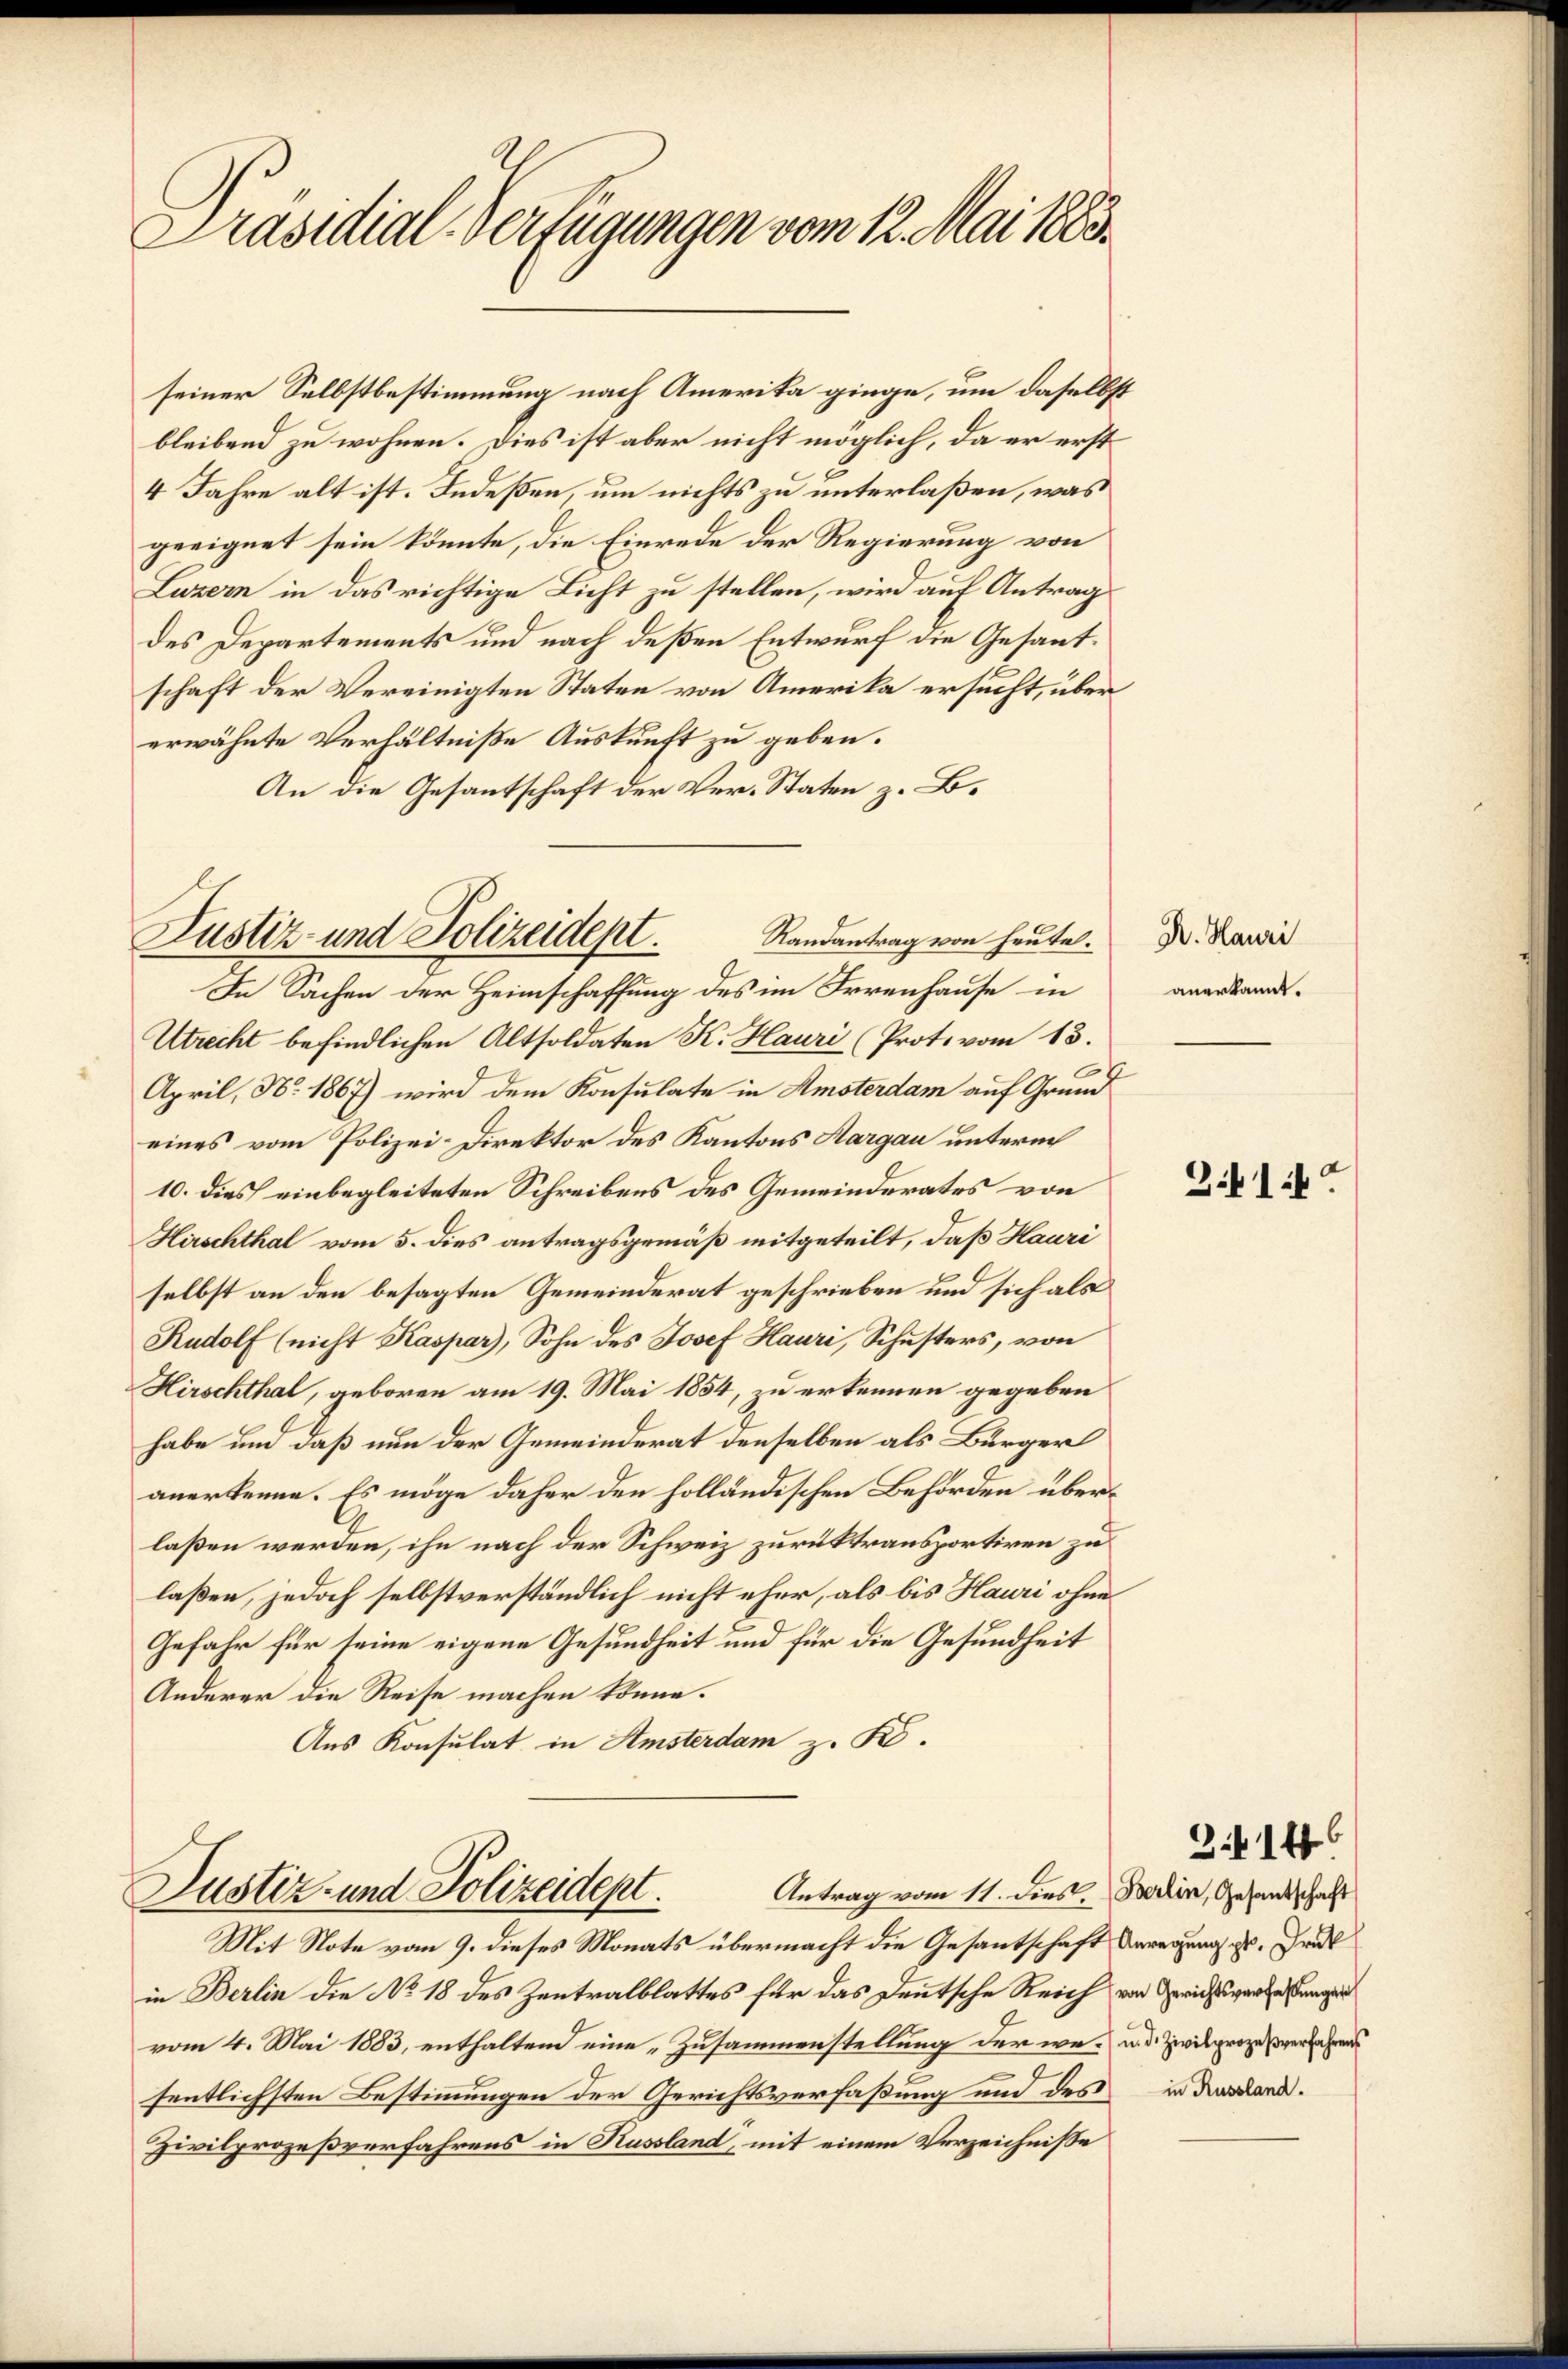
Präsidial-Verfügungen vom 12. Mai 1883.

seiner Selbstbestimmung nach Amerika ginge, um daselbs
bleibend zu wohnen. Dies ist aber nicht möglich, da er erst
4 Jahre alt ist. Indeßen, um nichts zu unterlaßen, was
geeignet sein könnte, die Einrede der Regierung von
Luzern in das richtige Licht zu stellen, wird auf Antrag
des Departements und nach deßen Entwurf die Gesantschaft der Vereinigten Staten von Amerika ersucht, über
erwähnte Verhältniße Auskunft zu geben.
An die Gesantschaft der Ver-Staten z. B.
In Sachen der Heimschaffung des im Irrenhause in
Utrecht befindlichen Altsoldaten K. Hauri (Prote vom 13.
April, No. 1867) wird dem Konsulate in Amsterdam auf Grund
eines vom Polizei-Direktor des Kantons Aargau unterm
10. dies einbegleiteten Schreibens des Gemeinderates von
Hirschthal vom 5. dies antragsgemäß mitgeteilt, daß Hauri
selbst an den besagten Gemeinderat geschrieben und sich als
Rudolf (nicht Kaspar), Sohn des Josef Hauri, Schusters, von
Hirschthal, geboren am 19. Mai 1854, zu erkennen gegeben
habe und daß nun der Gemeinderat denselben als Bürger
anerkenne. Es möge daher den holländischen Behörden überlaßen werden, ihn nach der Schweiz zurücktransportiren zu
laßen, jedoch selbstverständlich nicht eher, als bis Hauri ohne
Gefahr für seine eigene Gesundheit und für die Gesundheit
Anderer die Reise machen könne.
Aus Konsulat in Amsterdam z. K.

Justiz- und Polizeidept.
Randantrag von heute.

Antrag vom 11. dies. Berlin, Gesandschaft
Justiz- und Polizeidept.
Mit Note vom 9. dieses Monats übermacht die Gesantschaft Unregung u. Grat

in Berlin die No 18 des Zentralblattes für das Deutsche Reich
vom 4. Mai 1883, enthaltend eine „Zusammenstellung der we- u. d. Zivilprozessverfahrens
fentlichsten Bestimmungen der Gerichtsverfaßung und des in der Land¬
Zivilprozeßverfahrens in Russland, mit einem Verzeichnisse

1

Dr. Hauri
anerkannt.

341 f.

von Gerichtsverfaßungen

3.14